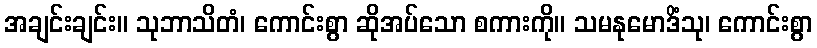
အချင်းချင်း။ သုဘာသိတံ၊ ကောင်းစွာ ဆိုအပ်သော စကားကို။ သမနုမောဒိံသု၊ ကောင်းစွာ